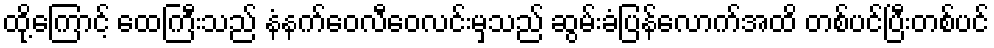
ထို့ကြောင့် ထေကြီးသည် နံနက်ဝေလီဝေလင်းမှသည် ဆွမ်းခံပြန်လောက်အထိ တစ်ပင်ပြီးတစ်ပင်